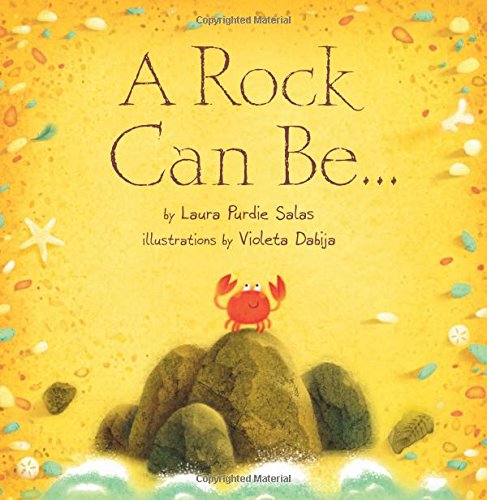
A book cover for A Rock Can Be (Millbrook Picture Books); Laura Purdie Salas; Science & Math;